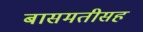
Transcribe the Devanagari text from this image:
बासमतीसह